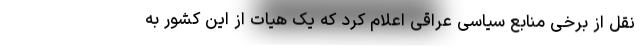
نقل از برخی منابع سیاسی عراقی اعلام کرد که یک هیات از این کشور به